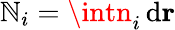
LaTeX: \mathbb{N}_{i}=\intn_{i}\, \mathrm{{d}}\mathbf{{r}}